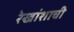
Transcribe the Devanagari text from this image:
रेखांशाची